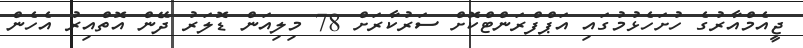
ޖީއެމްއާރުގެ ހުށަހެޅުމުގައި އަޕްފްރަންޓްކޮށް ސަރުކާރަށް 78 މިލިއަން ޑޮލަރު ދޭން އޮތްއިރު އެހެން